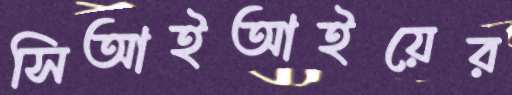
সিআইআইয়ের